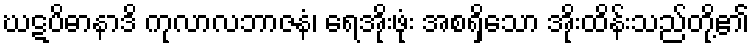
ဃဋပိဓာနာဒိ ကုလာလဘာဇနံ၊ ရေအိုးဖုံး အစရှိသော အိုးထိန်းသည်တို့၏